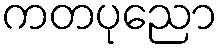
ကတပုညော